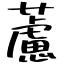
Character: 藘